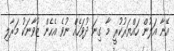
އޭނާ އަލުން ހައްޔަރުކުރީ މާ ގިނަ ދުވަހެއް ނުވެ އެހެން ޒުވާނަކު މަރާލި